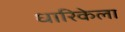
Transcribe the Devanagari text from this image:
धारिकेला